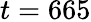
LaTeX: t=665